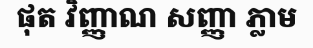
ផុត វិញ្ញាណ សញ្ញា ភ្លាម